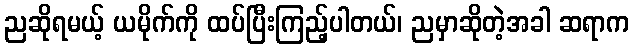
ညဆိုရမယ့် ယမိုက်ကို ထပ်ပြီးကြည့်ပါတယ်၊ ညမှာဆိုတဲ့အခါ ဆရာက